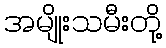
အမျိုးသမီးတို့